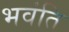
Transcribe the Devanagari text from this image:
भवंति